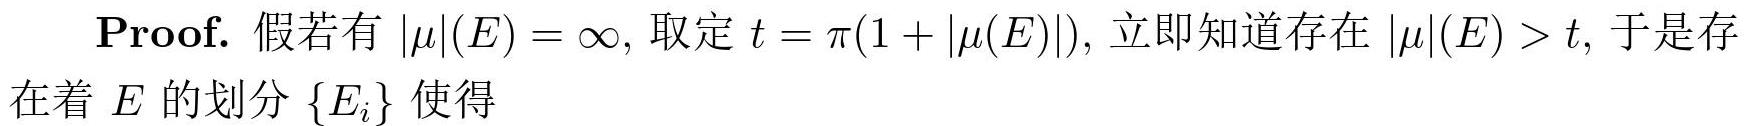
Proof. 假若有 $|\mu|(E)=\infty$, 取定 $t=\pi(1 + |\mu(E)|)$, 立即知道存在 $|\mu|(E)>t$, 于是存在着 $E$ 的划分 $\{E_i\}$ 使得